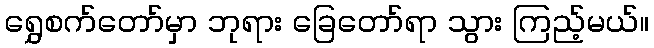
ရွှေစက်တော်မှာ ဘုရား ခြေတော်ရာ သွား ကြည့်မယ်။